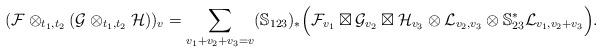
LaTeX: \begin{align*}(\mathcal{F}\otimes_{t_1,t_2} (\mathcal{G}\otimes_{t_1,t_2} \mathcal{H}))_{v}=\sum_{v_1+v_2+v_3=v} (\mathbb{S}_{123})_*\Big( \mathcal{F}_{v_1} \boxtimes \mathcal{G}_{v_2} \boxtimes \mathcal{H}_{v_3} \otimes \mathcal{L}_{v_2, v_3} \otimes \mathbb{S}_{23}^* \mathcal{L}_{v_1, v_2+v_3}\Big).\end{align*}